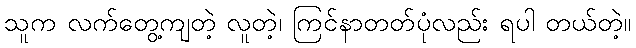
သူက လက်တွေ့ကျတဲ့ လူတဲ့၊ ကြင်နာတတ်ပုံလည်း ရပါ တယ်တဲ့။